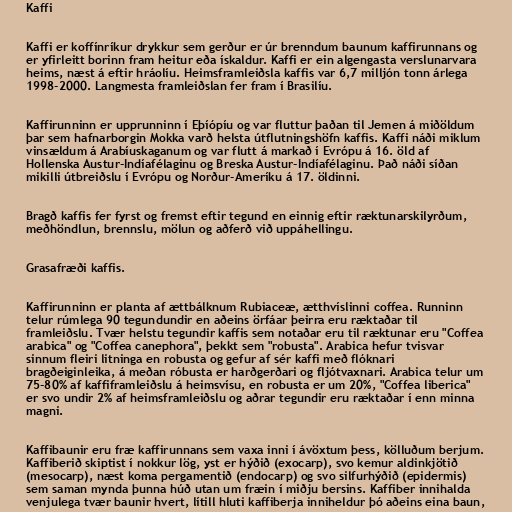
Kaffi

Kaffi er koffínríkur drykkur sem gerður er úr brenndum baunum kaffirunnans og
er yfirleitt borinn fram heitur eða ískaldur. Kaffi er ein algengasta verslunarvara
heims, næst á eftir hráolíu. Heimsframleiðsla kaffis var 6,7 milljón tonn árlega
1998-2000. Langmesta framleiðslan fer fram í Brasilíu.

Kaffirunninn er upprunninn í Eþíópíu og var fluttur þaðan til Jemen á miðöldum
þar sem hafnarborgin Mokka varð helsta útflutningshöfn kaffis. Kaffi náði miklum
vinsældum á Arabíuskaganum og var flutt á markað í Evrópu á 16. öld af
Hollenska Austur-Indíafélaginu og Breska Austur-Indíafélaginu. Það náði síðan
mikilli útbreiðslu í Evrópu og Norður-Ameríku á 17. öldinni.

Bragð kaffis fer fyrst og fremst eftir tegund en einnig eftir ræktunarskilyrðum,
meðhöndlun, brennslu, mölun og aðferð við uppáhellingu.

Grasafræði kaffis.

Kaffirunninn er planta af ættbálknum Rubiaceæ, ætthvíslinni coffea. Runninn
telur rúmlega 90 tegundundir en aðeins örfáar þeirra eru ræktaðar til
framleiðslu. Tvær helstu tegundir kaffis sem notaðar eru til ræktunar eru "Coffea
arabica" og "Coffea canephora", þekkt sem "robusta". Arabica hefur tvisvar
sinnum fleiri litninga en robusta og gefur af sér kaffi með flóknari
bragðeiginleika, á meðan róbusta er harðgerðari og fljótvaxnari. Arabica telur um
75-80% af kaffiframleiðslu á heimsvísu, en robusta er um 20%, "Coffea liberica"
er svo undir 2% af heimsframleiðslu og aðrar tegundir eru ræktaðar í enn minna
magni.

Kaffibaunir eru fræ kaffirunnans sem vaxa inni í ávöxtum þess, kölluðum berjum.
Kaffiberið skiptist í nokkur lög, yst er hýðið (exocarp), svo kemur aldinkjötið
(mesocarp), næst koma pergamentið (endocarp) og svo silfurhýðið (epidermis)
sem saman mynda þunna húð utan um fræin í miðju bersins. Kaffiber innihalda
venjulega tvær baunir hvert, lítill hluti kaffiberja inniheldur þó aðeins eina baun,